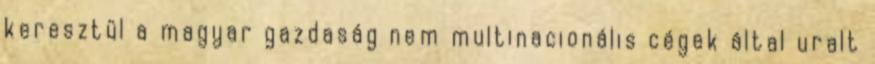
keresztül a magyar gazdaság nem multinacionális cégek által uralt